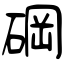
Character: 碙